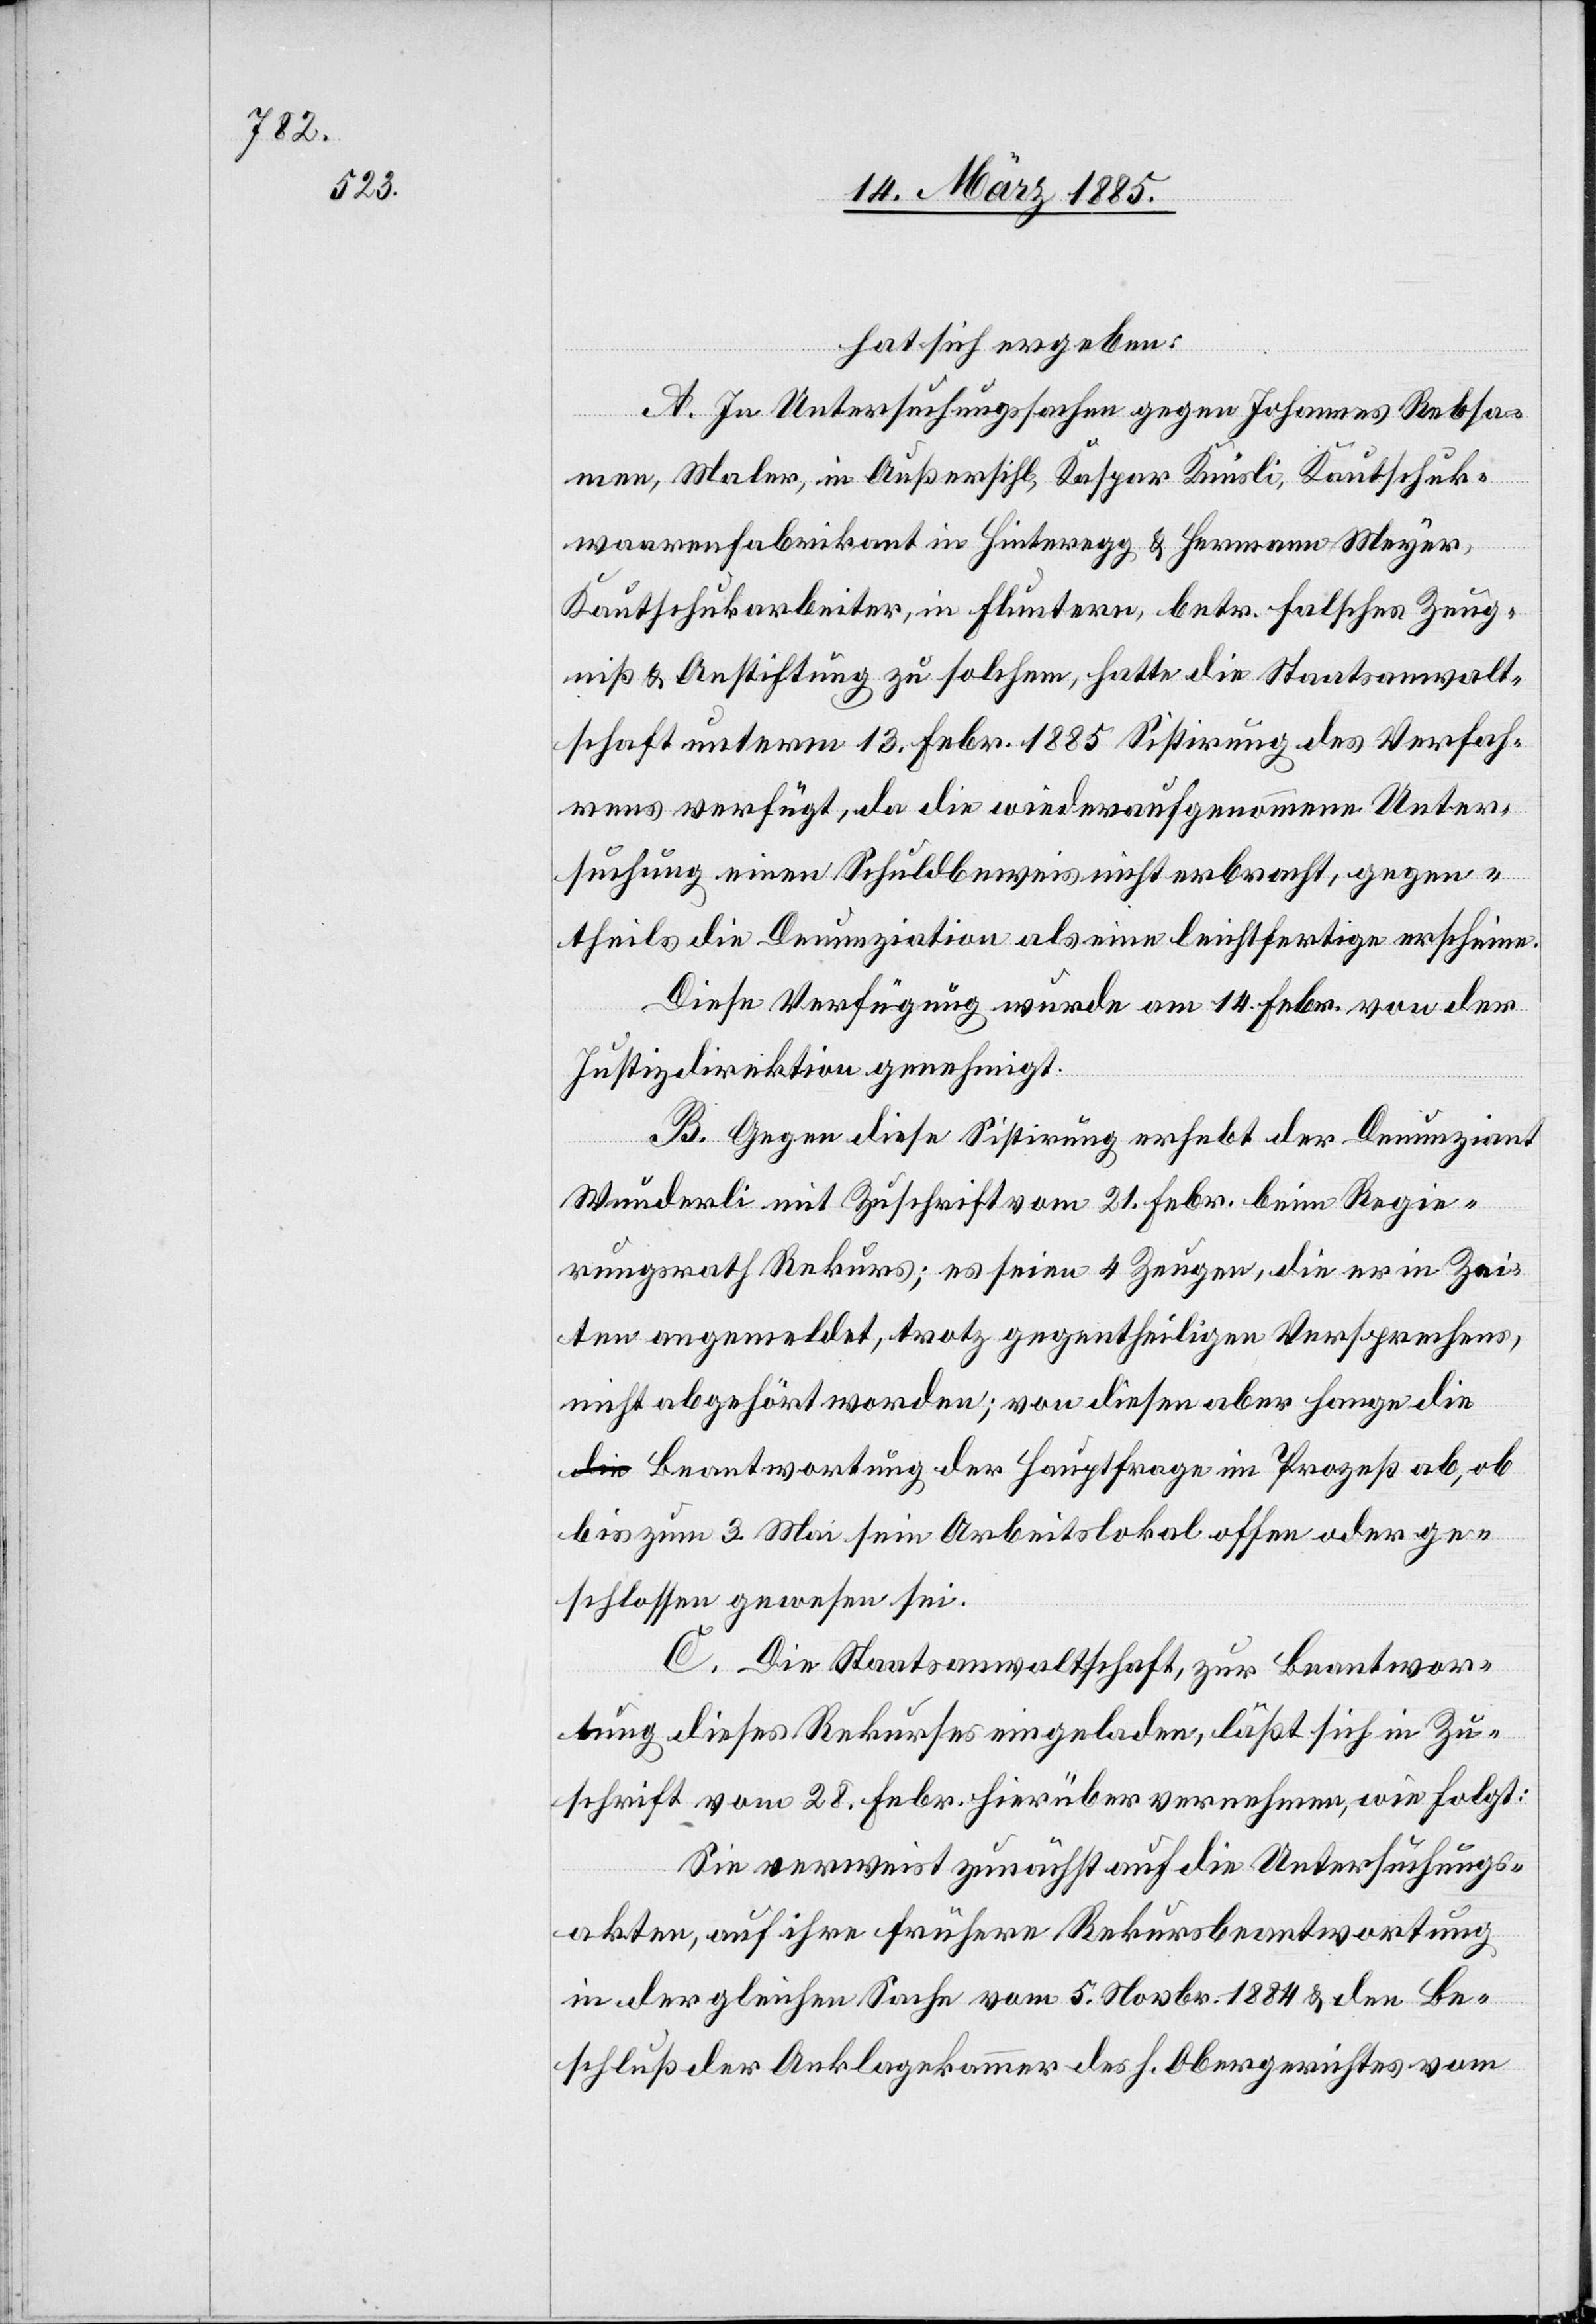
hat sich ergeben:
A. In Untersuchungssachen gegen Johannes Rebsa¬
men, Maler, in Außersihl, Kaspar Knüsli, Kautschuk¬
waarenfabrikant in Hinteregg & Hermann Meyer,
Kautschukarbeiter, in Fluntern, betr. falsches Zeug¬
niß & Anstiftung zu solchem, hatte die Staatsanwalt¬
schaft unterm 13. Febr. 1885 Sistirung des Verfah¬
rens verfügt, da die wiederaufgenommene Unter¬
suchung einen Schuldbeweis nicht erbracht, gegen¬
theils die Denunziation als eine leichtfertige erscheine.
Diese Verfügung wurde am 14. Febr. von der
Justizdirektion genehmigt.
B. Gegen diese Sistirung erhebt der Denunziant
Wunderli mit Zuschrift vom 21. Febr. bei Regie¬
rungsrath Rekurs; es seien 4 Zeugen, die er in Zei¬
ten angemeldet, trotz gegentheiligen Versprechungs
nicht abgehört worden; von diesen aber hange di¬
e Beantwortung der Hauptfrage im Prozeß ab, ob
bis zum 3. Mai sein Arbeitslokal offen oder ge¬
schlossen gewesen sei.
C. Die Staatsanwaltschaft, zur Beantwor¬
tung dieses Rekurses eingeladen, läßt sich in Zu¬
schrift vom 28. Febr. hierüber vernehmen, wie folgt:
Sie verweist zunächst auf die Untersuchungs¬
akten, auf ihre frühere Rekursbeantwortung
in der gleichen Sache vom 5. Novbr. 1884 & den Be¬
schluß der Anklagekammer des h. Obergerichtes vom